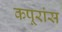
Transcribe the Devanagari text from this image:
कपूरांस